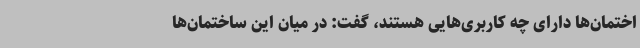
اختمان‌ها دارای چه کاربری‌هایی هستند، گفت: در میان این ساختمان‌ها